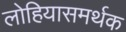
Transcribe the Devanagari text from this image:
लोहियासमर्थक